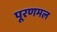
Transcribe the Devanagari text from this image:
पूरणमल